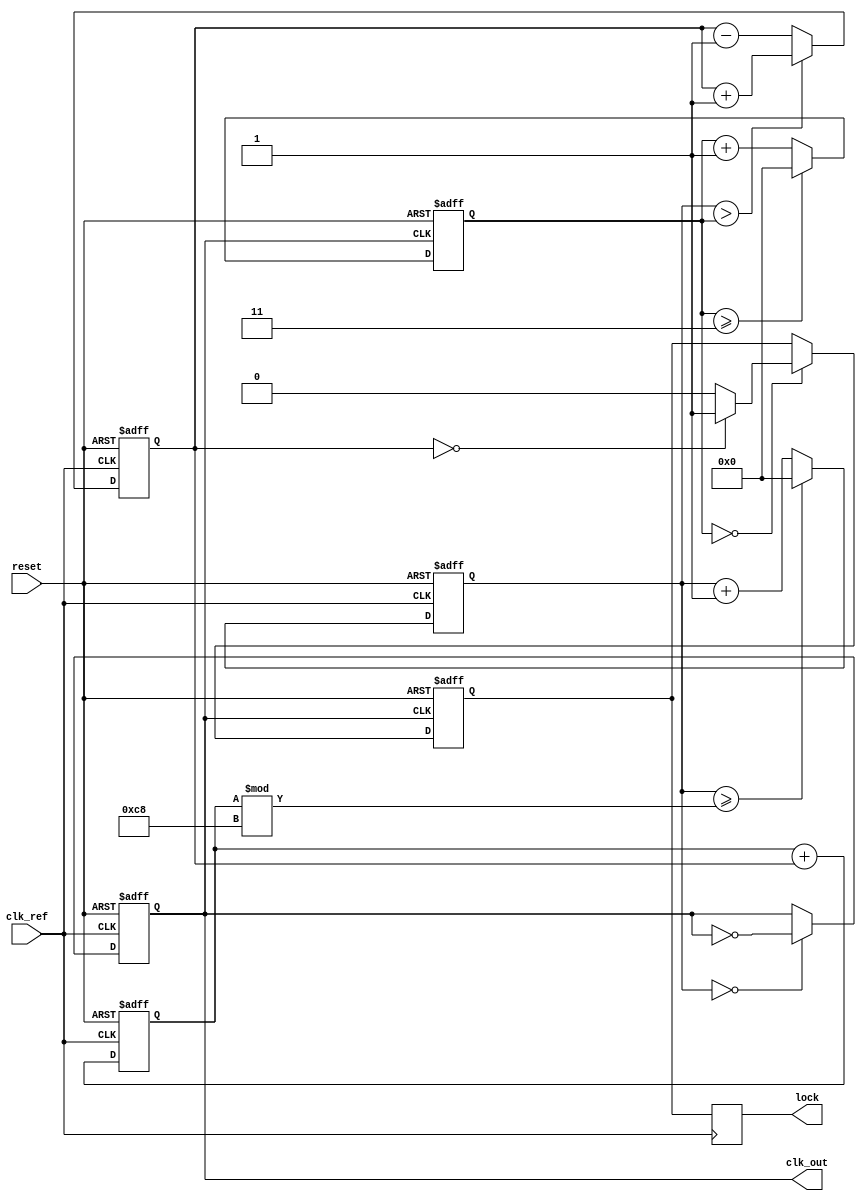
module dual_loop_pll (
    input wire clk_ref,        // Reference clock input
    input wire reset,          // Reset signal
    output reg clk_out,        // Output clock
    output reg lock            // Lock status output
);

    // Parameters for VCO and Dividers
    parameter VCO_MIN_FREQ = 100; // Minimum frequency of VCO in MHz
    parameter VCO_MAX_FREQ = 300; // Maximum frequency of VCO in MHz
    parameter DIV_RATIO = 4;      // Default division ratio

    // Internal signals
    reg [3:0] phase_err;          // Phase error signal from PD
    reg [7:0] control_voltage;     // Control voltage for VCO
    reg [31:0] vco_count;          // VCO counter
    reg [31:0] vco_freq;           // Current VCO frequency
    reg [31:0] feedback_divider;   // Feedback divider count
    reg locked;                    // Internal lock status

    // Phase Detector (PFD)
    always @(posedge clk_ref or posedge reset) begin
        if (reset) begin
            phase_err <= 0;
        end else begin
            // Simple phase detector logic (for illustration)
            // Here we assume rising edge detection for simplicity
            if (vco_count > feedback_divider) begin
                phase_err <= phase_err + 1; // Count phase error
            end else begin
                phase_err <= phase_err - 1; // Decrease phase error
            end
        end
    end

    // Loop Filter (a simple integrator for example)
    always @(posedge clk_ref or posedge reset) begin
        if (reset) begin
            control_voltage <= 0;
        end else begin
            control_voltage <= control_voltage + phase_err; // Integrate phase error for control voltage
        end
    end

    // Voltage-Controlled Oscillator (VCO)
    always @(posedge clk_ref or posedge reset) begin
        if (reset) begin
            vco_count <= 0;
            clk_out <= 0;
        end else begin
            vco_count <= (vco_count >= (control_voltage % (VCO_MAX_FREQ - VCO_MIN_FREQ))) ? 0 : vco_count + 1;
            if (vco_count == 0) begin
                clk_out <= ~clk_out; // Toggle the output clock
            end
        end
    end

    // Divider for VCO Output
    always @(posedge clk_out or posedge reset) begin
        if (reset) begin
            feedback_divider <= 0;
            locked <= 1'b0;
        end else begin
            feedback_divider <= (feedback_divider >= DIV_RATIO - 1) ? 0 : feedback_divider + 1;
            if (feedback_divider == 0) begin
                // Lock detection logic
                if (phase_err == 0) begin
                    locked <= 1'b1; // PLL is locked
                end else begin
                    locked <= 1'b0; // PLL is not locked
                end
            end
        end
    end

    // Lock signal output
    always @(posedge clk_ref) begin
        lock <= locked;
    end

endmodule